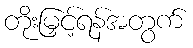
တိုးမြှင့်ရန်အတွက်